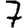
Digit: 7